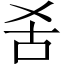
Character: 𱒍